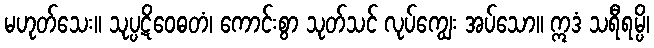
မဟုတ်သေး။ သုပ္ပဋိဝေဓတံ၊ ကောင်းစွာ သုတ်သင် လုပ်ကျွေး အပ်သော။ ဣဒံ သရီရမ္ပိ၊